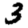
Digit: 3